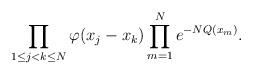
LaTeX: \begin{align*}\prod_{1\leq j<k\leq N} \varphi (x_j-x_k) \prod_{m=1}^N e^{- NQ(x_m)}.\end{align*}